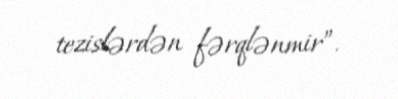
tezislərdən fərqlənmir”.